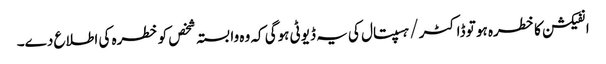
انفیکشن کا خطرہ ہو تو ڈاکٹر / ہسپتال کی یہ ڈیوٹی ہوگی کہ وہ وابستہ شخص کو خطرہ کی اطلاع دے۔